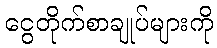
ငွေတိုက်စာချုပ်များကို